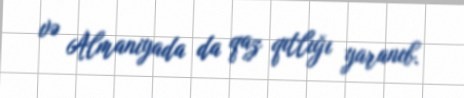
və Almaniyada da qaz qıtlığı yaranıb.